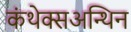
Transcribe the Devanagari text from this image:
कंथेक्सअन्थिन